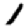
Digit: 1